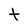
Character: t